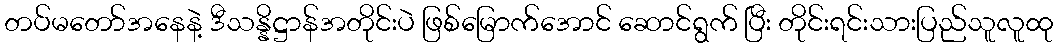
တပ်မတော်အနေနဲ့ ဒီသန္နိဋ္ဌာန်အတိုင်းပဲ ဖြစ်မြောက်အောင် ဆောင်ရွက် ပြီး တိုင်းရင်းသားပြည်သူလူထု